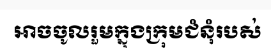
អាចចូលរួមក្នុងក្រុមជំនុំរបស់